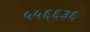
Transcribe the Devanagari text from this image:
५५६६३६